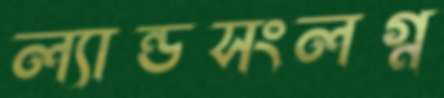
ল্যান্ডসংলগ্ন